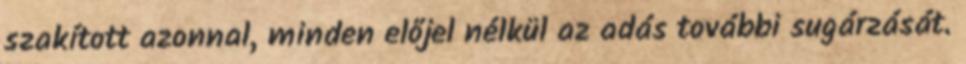
szakított azonnal, minden előjel nélkül az adás további sugárzását.